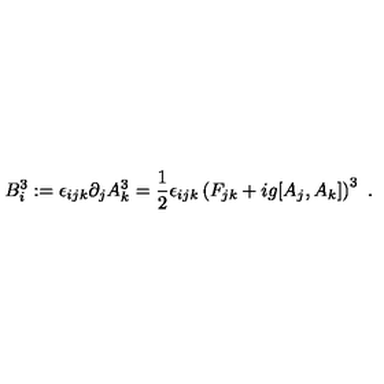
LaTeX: B _ { i } ^ { 3 } : = \epsilon _ { i j k } \partial _ { j } A _ { k } ^ { 3 } = \frac { 1 } { 2 } \epsilon _ { i j k } \left( F _ { j k } + i g [ A _ { j } , A _ { k } ] \right) ^ { 3 } \ .